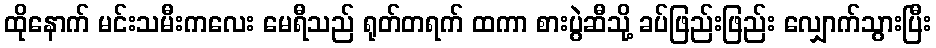
ထိုနောက် မင်းသမီးကလေး မေရီသည် ရုတ်တရက် ထကာ စားပွဲဆီသို့ ခပ်ဖြည်းဖြည်း လျှောက်သွားပြီး